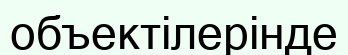
объектілерінде